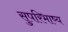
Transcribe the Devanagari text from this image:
सुपरिभाष्य